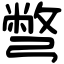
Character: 彆